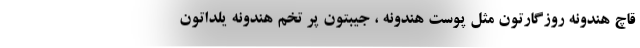
قاچ هندونه روزگارتون مثل پوست هندونه ، جیبتون پر تخم هندونه یلداتون